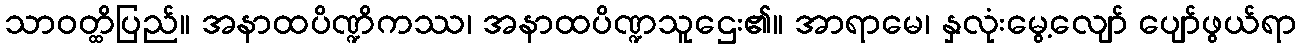
သာဝတ္ထိပြည်။ အနာထပိဏ္ဍိကဿ၊ အနာထပိဏ္ဍသူဌေး၏။ အာရာမေ၊ နှလုံးမွေ့လျော် ပျော်ဖွယ်ရာ